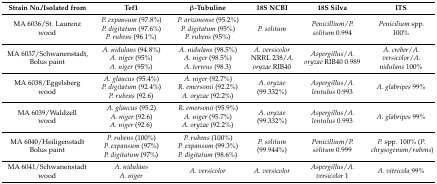
<table><thead><tr><td><b>Strain No./Isolated from</b></td><td><b>Tef1</b></td><td><b>β-Tubuline</b></td><td><b>18S NCBI</b></td><td><b>18S Silva</b></td><td><b>ITS</b></td></tr></thead><tbody><tr><td>MA 6036/St. Laurenzwood</td><td><i>P. expansum</i> (97.8%)<i>P. digitatum</i> (97.6%)<i>P. rubens</i> (96.1%)</td><td><i>P. arizonense</i> (95.2%)<i>P. digitatum</i> (95%)<i>P. rubens</i> (95%)</td><td><i>P. solitum</i></td><td><i>Penicillium</i>/<i>P. solitum</i> 0.994</td><td><i>Penicilium</i> spp. 100%</td></tr><tr><td>MA 6037/Schwanenstadt, Bolus paint</td><td><i>A. nidulans</i> (94.8%)<i>A. niger</i> (95%)<i>A. niger</i> (95%)</td><td><i>A. nidulans</i> (98.5%)<i>A. niger</i> (98.5%)<i>A. terreus</i> (98.3)</td><td><i>A. versicolor</i> NRRL 238/<i>A. oryzae</i> RIB40</td><td><i>Aspergillus</i>/<i>A. oryzae</i> RIB40 0.989</td><td><i>A. creber</i>/<i>A. versicolor</i>/<i>A. nidulans</i> 100%</td></tr><tr><td>MA 6038/Eggelsberg wood</td><td><i>A. glaucus</i> (95.4%)<i>P. digitatum</i> (92.4%)<i>P. rubens</i> (92.6)</td><td><i>A. niger</i> (92.7%)<i>R. emersonii</i> (92.2%)<i>A. oryzae</i> (92.2%)</td><td><i>A. oryzae</i> (99.332%)</td><td><i>Aspergillus</i>/<i>A. lentulus</i> 0.993</td><td><i>A. glabripes</i> 99%</td></tr><tr><td>MA 6039/Waldzellwood</td><td><i>A. glaucus</i> (95.2)<i>A. niger</i> (92.6)<i>A. niger</i> (92.6)</td><td><i>R. emersonii</i> (95.9%)<i>A. niger</i> (95.7%)<i>A. oryzae</i> (92.2%)</td><td><i>A. oryzae</i> (99.332%)</td><td><i>Aspergillus</i>/<i>A. lentulus</i> 0.993</td><td><i>A. glabripes</i> 99%</td></tr><tr><td>MA 6040/HeiligenstadtBolus paint</td><td><i>P. rubens</i> (100%)<i>P. expansum</i> (97%)<i>P. digitatum</i> (97%)</td><td><i>P. rubens</i> (100%)<i>P. expansum</i> (99.3%)<i>P. digitatum</i> (98.6%)</td><td><i>P. solitum</i> (99.944%)</td><td><i>Penicillium</i>/<i>P. solitum</i> 0.999</td><td><i>P.</i> spp. 100% (<i>P. chrysogenum</i>/<i>rubens</i>)</td></tr><tr><td>MA 6041/Schwanenstadtwood</td><td><i>A. nidulans</i><i>A. niger</i></td><td><i>A. versicolor</i></td><td><i>A. versicolor</i></td><td><i>Aspergillus</i>/<i>A. versicolor</i> 1</td><td><i>A. vitricola</i> 99%</td></tr></tbody></table>